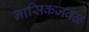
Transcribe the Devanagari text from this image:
नासिकजवळ